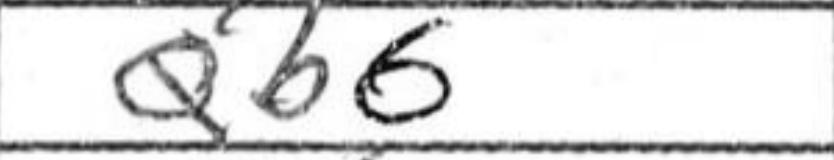
Transcription: Qb6